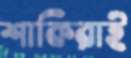
শাকিরাই